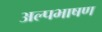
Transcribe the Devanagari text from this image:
अल्पभाषण